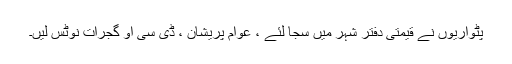
پٹواریوں نے قیمتی دفتر شہر میں سجا لئے ، عوام پریشان ، ڈی سی او گجرات نوٹس لیں۔